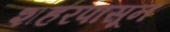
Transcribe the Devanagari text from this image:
शहरपासून